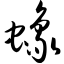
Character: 蟓